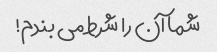
شما آن را شرط می بندم!